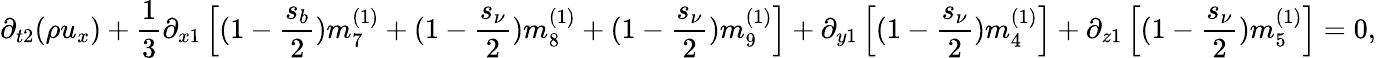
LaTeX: {\partial_{t2}}(\rho{u_{x}})+\frac{1}{3}{\partial_{x1}}\left[{(1-\frac{{{s_{b}}}}{2})m_{7}^{(1)}+(1-\frac{{{s_{\nu}}}}{2})m_{8}^{(1)}+(1-\frac{{{s_{\nu}}}}{2})m_{9}^{(1)}}\right]+{\partial_{y1}}\left[{(1-\frac{{{s_{\nu}}}}{2})m_{4}^{(1)}}\right]+{\partial_{z1}}\left[{(1-\frac{{{s_{\nu}}}}{2})m_{5}^{(1)}}\right]=0,